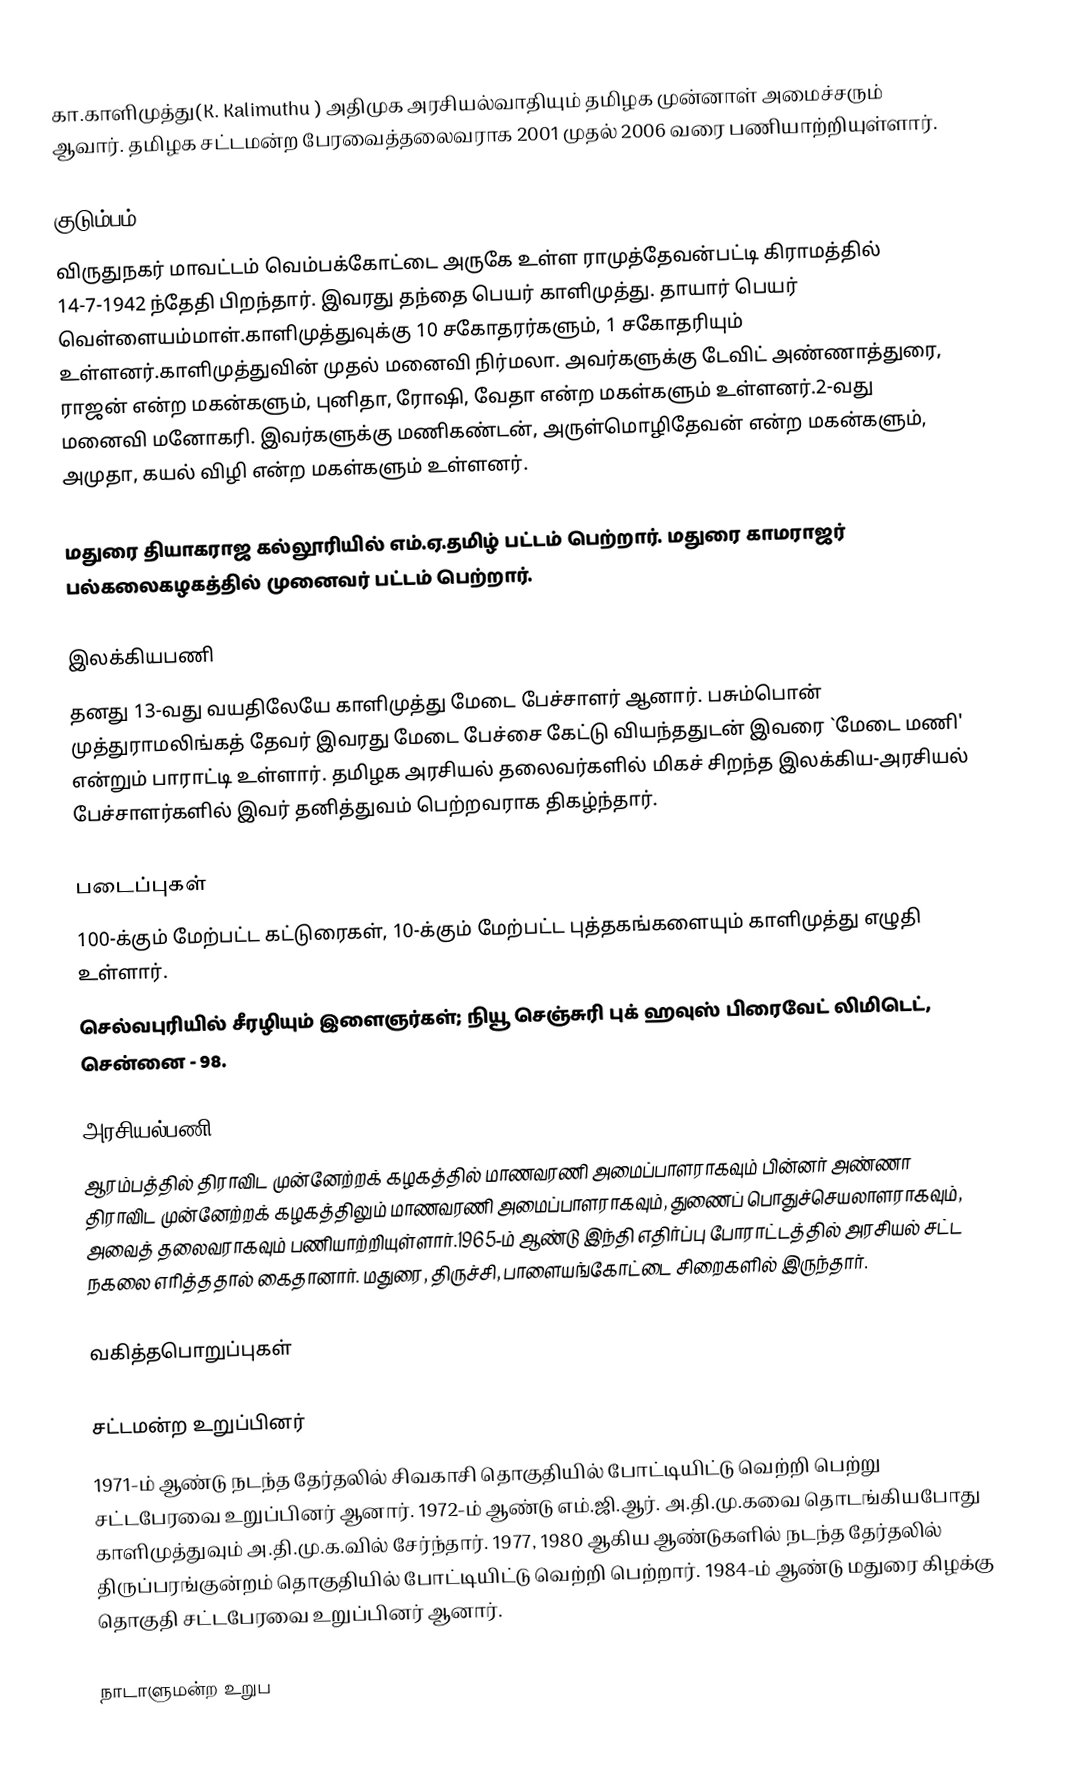
கா.காளிமுத்து(K. Kalimuthu ) அதிமுக அரசியல்வாதியும்  தமிழக முன்னாள் அமைச்சரும் ஆவார். தமிழக சட்டமன்ற பேரவைத்தலைவராக 2001 முதல் 2006 வரை பணியாற்றியுள்ளார்.

குடும்பம்
விருதுநகர் மாவட்டம் வெம்பக்கோட்டை அருகே உள்ள ராமுத்தேவன்பட்டி கிராமத்தில் 14-7-1942 ந்தேதி பிறந்தார். இவரது தந்தை பெயர் காளிமுத்து. தாயார் பெயர் வெள்ளையம்மாள்.காளிமுத்துவுக்கு  10 சகோதரர்களும், 1 சகோதரியும் உள்ளனர்.காளிமுத்துவின் முதல் மனைவி நிர்மலா. அவர்களுக்கு டேவிட் அண்ணாத்துரை, ராஜன் என்ற மகன்களும், புனிதா, ரோஷி, வேதா என்ற மகள்களும் உள்ளனர்.2-வது மனைவி மனோகரி. இவர்களுக்கு மணிகண்டன், அருள்மொழிதேவன் என்ற மகன்களும், அமுதா, கயல் விழி என்ற மகள்களும் உள்ளனர்.

மதுரை தியாகராஜ கல்லூரியில் எம்.ஏ.தமிழ் பட்டம் பெற்றார். மதுரை காமராஜர் பல்கலைகழகத்தில் முனைவர் பட்டம் பெற்றார்.

இலக்கியபணி
தனது 13-வது வயதிலேயே காளிமுத்து மேடை பேச்சாளர் ஆனார். பசும்பொன் முத்துராமலிங்கத் தேவர் இவரது மேடை பேச்சை கேட்டு வியந்ததுடன் இவரை `மேடை மணி' என்றும் பாராட்டி உள்ளார். தமிழக அரசியல் தலைவர்களில் மிகச் சிறந்த இலக்கிய-அரசியல் பேச்சாளர்களில் இவர் தனித்துவம் பெற்றவராக திகழ்ந்தார்.

படைப்புகள்
100-க்கும் மேற்பட்ட கட்டுரைகள், 10-க்கும் மேற்பட்ட புத்தகங்களையும் காளிமுத்து எழுதி உள்ளார்.
 செல்வபுரியில் சீரழியும் இளைஞர்கள்; நியூ செஞ்சுரி புக் ஹவுஸ் பிரைவேட் லிமிடெட், சென்னை - 98.

அரசியல்பணி
ஆரம்பத்தில் திராவிட முன்னேற்றக் கழகத்தில் மாணவரணி அமைப்பாளராகவும்  பின்னர் அண்ணா திராவிட முன்னேற்றக் கழகத்திலும் மாணவரணி அமைப்பாளராகவும், துணைப் பொதுச்செயலாளராகவும், அவைத் தலைவராகவும்  பணியாற்றியுள்ளார்.1965-ம் ஆண்டு இந்தி எதிர்ப்பு போராட்டத்தில் அரசியல் சட்ட நகலை எரித்ததால் கைதானார். மதுரை, திருச்சி, பாளையங்கோட்டை சிறைகளில் இருந்தார்.

வகித்தபொறுப்புகள்

சட்டமன்ற உறுப்பினர்
1971-ம் ஆண்டு நடந்த தேர்தலில் சிவகாசி தொகுதியில் போட்டியிட்டு வெற்றி பெற்று சட்டபேரவை உறுப்பினர் ஆனார். 1972-ம் ஆண்டு எம்.ஜி.ஆர். அ.தி.மு.கவை தொடங்கியபோது காளிமுத்துவும் அ.தி.மு.க.வில் சேர்ந்தார். 1977, 1980 ஆகிய ஆண்டுகளில் நடந்த தேர்தலில் திருப்பரங்குன்றம் தொகுதியில்  போட்டியிட்டு வெற்றி பெற்றார். 1984-ம் ஆண்டு மதுரை கிழக்கு தொகுதி சட்டபேரவை உறுப்பினர் ஆனார்.

நாடாளுமன்ற உறுப